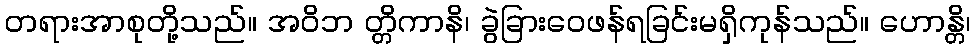
တရားအာစုတို့သည်။ အဝိဘ တ္တိကာနိ၊ ခွဲခြားဝေဖန်ရခြင်းမရှိကုန်သည်။ ဟောန္တိ၊